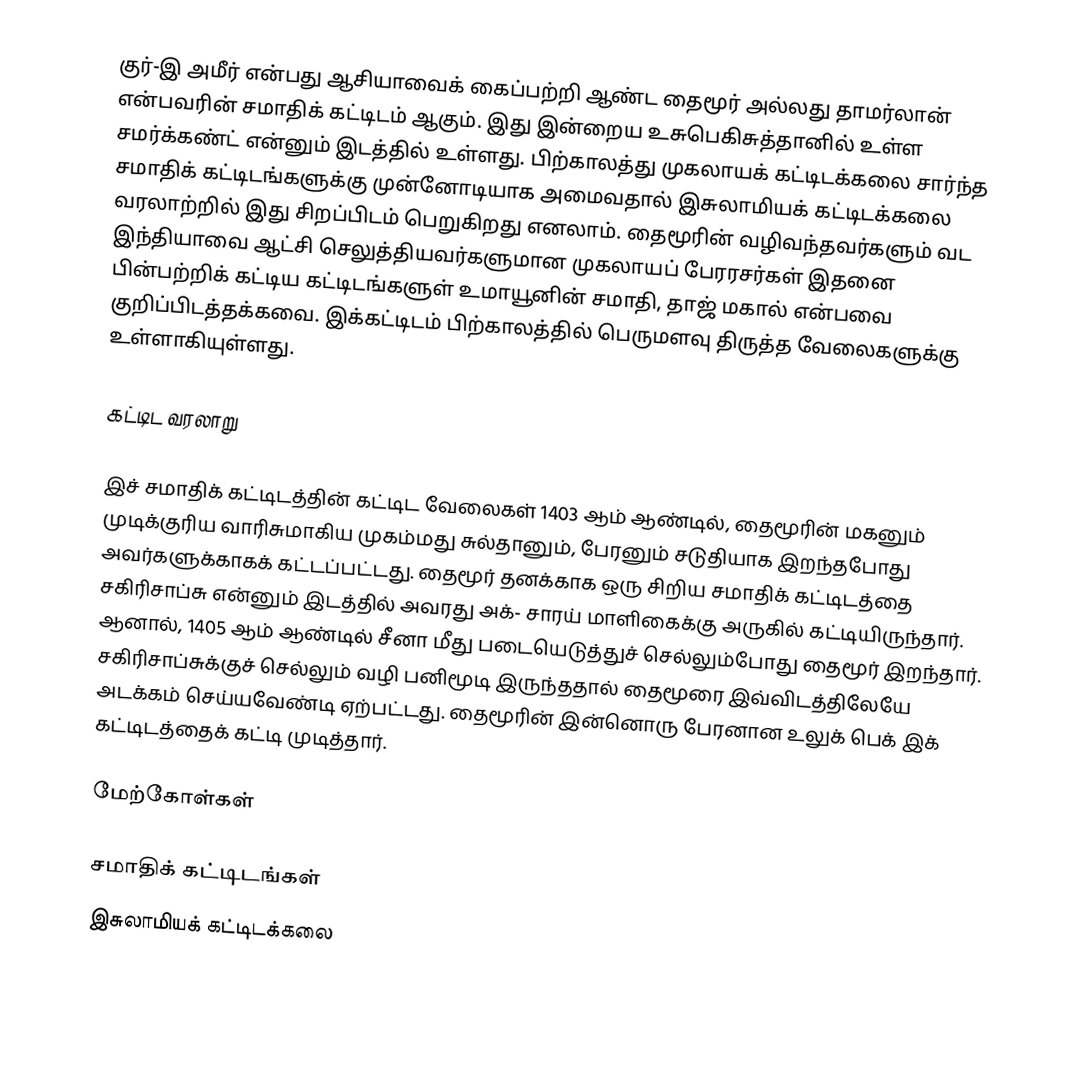
குர்-இ அமீர் என்பது ஆசியாவைக் கைப்பற்றி ஆண்ட தைமூர் அல்லது தாமர்லான் என்பவரின் சமாதிக் கட்டிடம் ஆகும். இது இன்றைய உசுபெகிசுத்தானில் உள்ள சமர்க்கண்ட் என்னும் இடத்தில் உள்ளது. பிற்காலத்து முகலாயக் கட்டிடக்கலை சார்ந்த சமாதிக் கட்டிடங்களுக்கு முன்னோடியாக அமைவதால் இசுலாமியக் கட்டிடக்கலை வரலாற்றில் இது சிறப்பிடம் பெறுகிறது எனலாம். தைமூரின் வழிவந்தவர்களும் வட இந்தியாவை ஆட்சி செலுத்தியவர்களுமான முகலாயப் பேரரசர்கள் இதனை பின்பற்றிக் கட்டிய கட்டிடங்களுள் உமாயூனின் சமாதி, தாஜ் மகால் என்பவை குறிப்பிடத்தக்கவை. இக்கட்டிடம் பிற்காலத்தில் பெருமளவு திருத்த வேலைகளுக்கு உள்ளாகியுள்ளது.

கட்டிட வரலாறு

இச் சமாதிக் கட்டிடத்தின் கட்டிட வேலைகள் 1403 ஆம் ஆண்டில், தைமூரின் மகனும் முடிக்குரிய வாரிசுமாகிய முகம்மது சுல்தானும், பேரனும் சடுதியாக இறந்தபோது அவர்களுக்காகக் கட்டப்பட்டது. தைமூர் தனக்காக ஒரு சிறிய சமாதிக் கட்டிடத்தை சகிரிசாப்சு என்னும் இடத்தில் அவரது அக்- சாரய் மாளிகைக்கு அருகில் கட்டியிருந்தார். ஆனால், 1405 ஆம் ஆண்டில் சீனா மீது படையெடுத்துச் செல்லும்போது தைமூர் இறந்தார். சகிரிசாப்சுக்குச் செல்லும் வழி பனிமூடி இருந்ததால் தைமூரை இவ்விடத்திலேயே அடக்கம் செய்யவேண்டி ஏற்பட்டது. தைமூரின் இன்னொரு பேரனான உலுக் பெக் இக் கட்டிடத்தைக் கட்டி முடித்தார்.

மேற்கோள்கள்

சமாதிக் கட்டிடங்கள்
இசுலாமியக் கட்டிடக்கலை